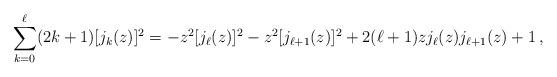
LaTeX: \begin{align*} \sum_{k=0}^\ell (2k+1)[j_k(z)]^2=-z^2 [j_\ell(z)]^2-z^2[j_{\ell+1}(z)]^2+2(\ell+1)z j_\ell(z) j_{\ell+1}(z) +1 \, , \end{align*}